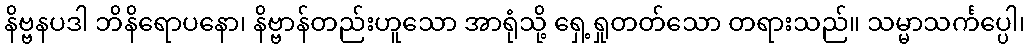
နိဗ္ဗနပဒါ ဘိနိရောပနော၊ နိဗ္ဗာန်တည်းဟူသော အာရုံသို့ ရှေ့ရှုတတ်သော တရားသည်။ သမ္မာသင်္ကပ္ပေါ၊